Report of the Bombay Plague Committee
Disease focus: Plague
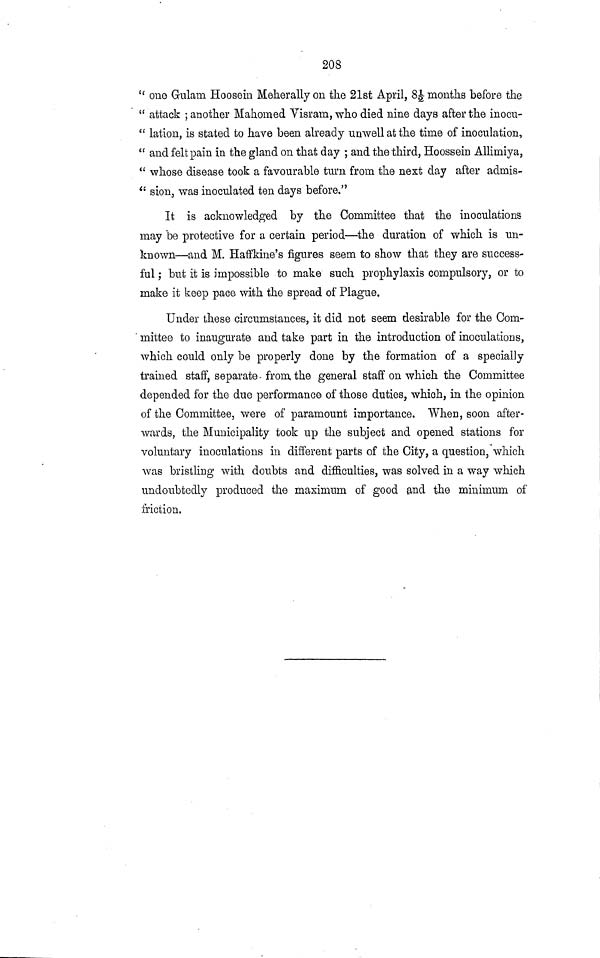
208
" one Gulam Hoosein Meherally on the 21st April, 8 1/2 months before the
" attack ; another Mahomed Visram, who died nine days after the inocu-
" lation, is stated to have been already unwell at the time of inoculation,
" and felt pain in the gland on that day ; and the third, Hoossein Allimiya,
" whose disease took a favourable turn from the next clay after admis-
" sion, was inoculated ten days before."
It is acknowledged by the Committee that the inoculations
may be protective for a certain period—the duration of which is un-
known—and M. Haffkine's figures seem to show that they are success-
ful ; but it is impossible to make such prophylaxis compulsory, or to
make it keep pace with the spread of Plague.
Under these circumstances, it did not seem desirable for the Com-
mittee to inaugurate and take part in the introduction of inoculations,
which could only be properly done by the formation of a specially
trained staff, separate from the general staff on which the Committee
depended for the due performance of those duties, which, in the opinion
of the Committee, were of paramount importance. When, soon after-
wards, the Municipality took up the subject and opened stations for
voluntary inoculations in different parts of the City, a question, which
was bristling with doubts and difficulties, was solved in a way which
undoubtedly produced the maximum of good and the minimum of
friction.